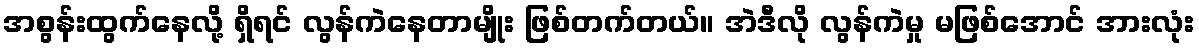
အစွန်းထွက်နေလို့ ရှိရင် လွန်ကဲနေတာမျိုး ဖြစ်တက်တယ်။ အဲဒီလို လွန်ကဲမှု မဖြစ်အောင် အားလုံး